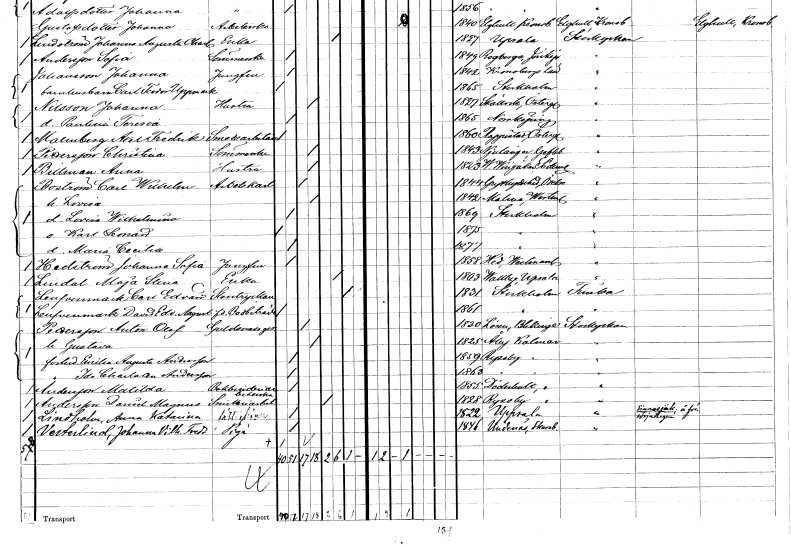
gt_parse: households: individuals: FN: Axel Fredrik
EN: Malmberg
YRKE: Smedsarbetare
KON: M
CIV: O
FODAR: 1860
FODFORS: Rappestad Östergötlands län
FN: Christina
EN: Pettersson
YRKE: Sömmerska
KON: K
CIV: G
FODAR: 1843
FODFORS: Njutånger Gävleborgs län
FN: Anna
EN: Billman
YRKE: Hustru
KON: K
CIV: G
FODAR: 1823
FODFORS: Västra Vingåker Södermanlands län
FN: Carl Wilhelm
EN: Boström
YRKE: Arbetskarl
KON: M
CIV: G
FODAR: 1844
FODFORS: Grythyttan Örebro län
FN: Lovisa
KON: K
CIV: G
FODAR: 1842
FODFORS: Malma Västmanlands län
FN: Lovisa Wilhelmina
KON: K
CIV: O
FODAR: 1869
FODFORS: Stockholm
FN: Karl Leonard
KON: M
CIV: O
FODAR: 1875
FODFORS: Stockholm
FN: Maria Cecilia
KON: K
CIV: O
FODAR: 1877
FODFORS: Stockholm
FN: Johanna Sofia
EN: Hedström
YRKE: Jungfru
KON: K
CIV: O
FODAR: 1858
FODFORS: Hed Västmanlands län
FN: Maja Stina
EN: Lindal
YRKE: Änka
KON: K
CIV: E
FODAR: 1803
FODFORS: Vallby Uppsala län
FN: Carl Edvard
EN: Leufvenmark
YRKE: Stentryckare
KON: M
CIV: X
FODAR: 1831
FODFORS: Stockholm
FN: David Edvin August
EN: Leufenmark
YRKE: Bodbiträde f.d.
KON: M
CIV: O
FODAR: 1861
FODFORS: Stockholm
FN: Anton Olof
EN: Pettersson
YRKE: Guldsmedsgesäll
KON: M
CIV: G
FODAR: 1830
FODFORS: Lösen Blekinge län
FN: Gustava
KON: K
CIV: G
FODAR: 1825
FODFORS: Åby Kalmar län
FN: Emilia Augusta
EN: Andersson
KON: K
CIV: O
FODAR: 1859
FODFORS: Ryssby Kalmar län
FN: Ida Charlotta
EN: Andersson
KON: K
CIV: O
FODAR: 1863
FODFORS: Ryssby Kalmar län
FN: Matilda
EN: Andersson
YRKE: Bokbinderiarbeterska
KON: K
CIV: O
FODAR: 1855
FODFORS: Döderhult Kalmar län
FN: Daniel Magnus
EN: Andersson
YRKE: Snickeriarbetare
KON: M
CIV: E
FODAR: 1828
FODFORS: Ryssby Kalmar län
FN: Anna Katarina
EN: Lindholm
YRKE: Fattighjon
KON: K
CIV: O
FODAR: 1822
FODFORS: Uppsala Uppsala län
FN: Johanna Vilhelmina Fredrika
EN: Vesterlind
YRKE: Piga
KON: K
CIV: O
FODAR: 1846
FODFORS: Undenäs Skaraborgs län